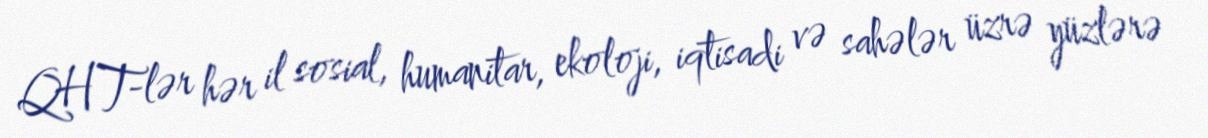
QHT-lər hər il sosial, humanitar, ekoloji, iqtisadi və sahələr üzrə yüzlərə